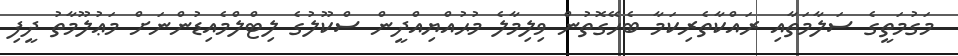
މަގުމަތީގެ ސަލާމަތާއި ރައްކާތެރިކަމާ ބެހޭގޮތުން ވިލިމާލެ މުޙުއްޔިއްދީން ސްކޫލުގެ ލިޓްލްމެއިޑުންނަށް މަޢުލޫމާތު ދީފި